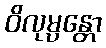
ဝိလုမ္ပန္တော